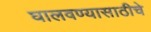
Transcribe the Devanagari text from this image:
घालवण्यासाठीचे